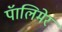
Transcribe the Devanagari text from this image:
पॅालिमेर